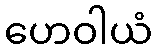
ဟေဝါယံ